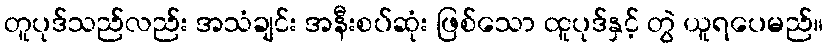
တူပုဒ်သည်လည်း အသံချင်း အနီးစပ်ဆုံး ဖြစ်သော ထူပုဒ်နှင့် တွဲ ယူရပေမည်။